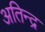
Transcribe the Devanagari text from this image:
अतिन्द्र